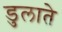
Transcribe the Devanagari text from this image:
डुलाते